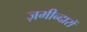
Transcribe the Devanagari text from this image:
ज़मीन्दारों